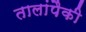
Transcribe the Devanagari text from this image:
तालांपैकी